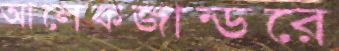
আলেকজান্ডরে